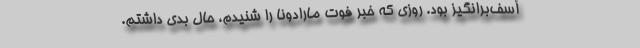
أسف‌برانگیز بود. روزی که خبر فوت مارادونا را شنیدم، حال بدی داشتم.